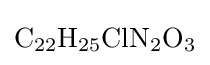
{\mathrm {C} {\vphantom {A}}_{\smash[{t}]{22}}\mathrm {H} {\vphantom {A}}_{\smash[{t}]{25}}\mathrm {ClN} {\vphantom {A}}_{\smash[{t}]{2}}\mathrm {O} {\vphantom {A}}_{\smash[{t}]{3}}}